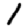
Digit: 1